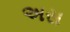
અસ